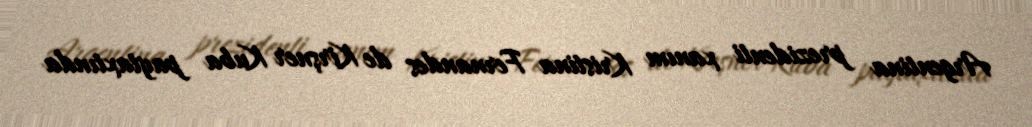
Argentina prezidenti xanım Kristina Fernandes de Kirşner Kuba paytaxtında